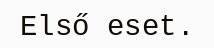
Első eset.